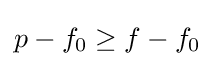
p-f_{0}\geq f-f_{0}